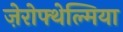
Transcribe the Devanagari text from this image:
ज़ेरोफ्थेल्मिया